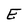
Character: E